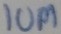
Text: 10M